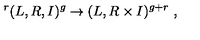
\ ^ { r } ( L , R , I ) ^ { g } \to ( L , R \times I ) ^ { g + r } \ ,